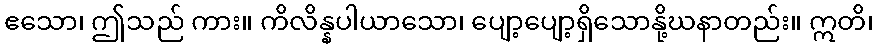
ဧသော၊ ဤသည် ကား။ ကိလိန္နပါယာသော၊ ပျော့ပျော့ရှိသောနို့ဃနာတည်း။ ဣတိ၊